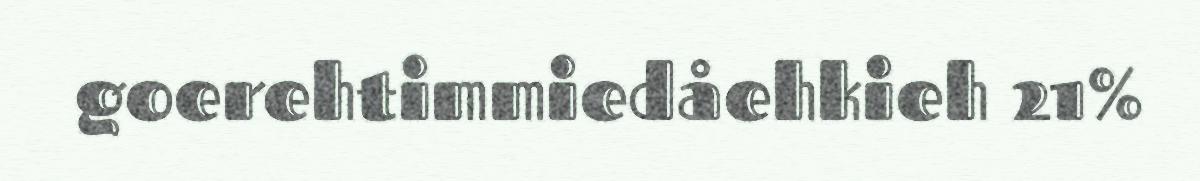
goerehtimmiedåehkieh 21%